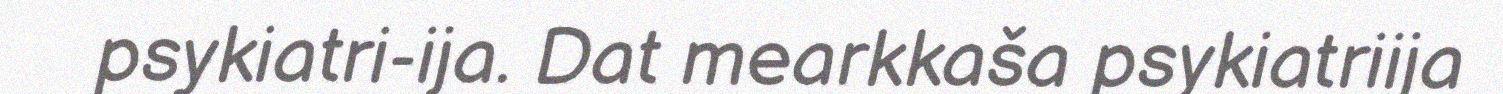
psykiatri-ija. Dat mearkkaša psykiatriija